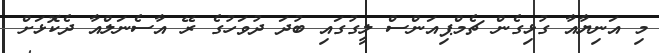
މި އަނިޔާއާ ގުޅިގެން ޗެމްޕިއަންސް ލީގުގައި ބުދަ ދުވަހުގެ ރޭ އާސެނަލްއާ ދެކޮޅަށް